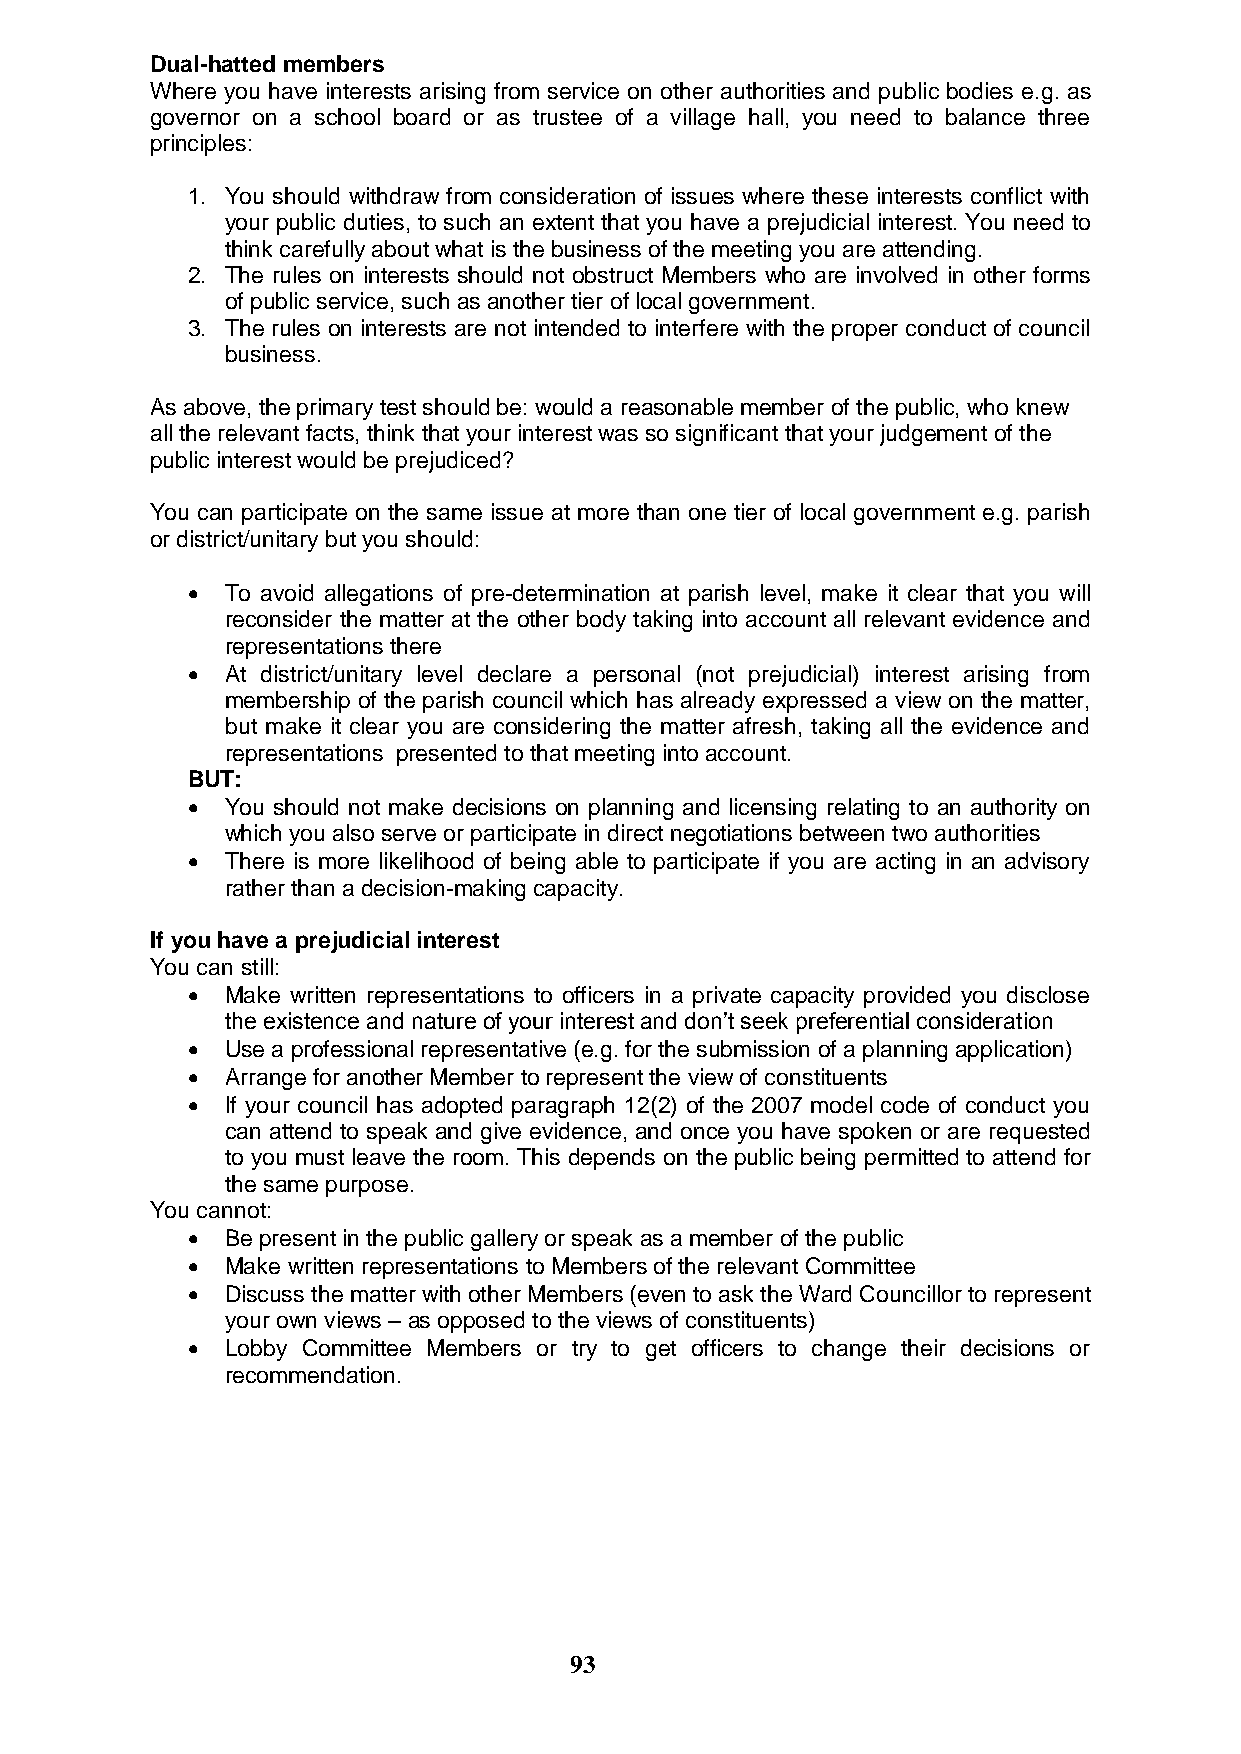
Dual-hatted members
 Where you have interests arising from service on other authorities and public bodies e.g. as
 governor on a school board or as trustee of a village hall, you need to balance three
 principles:
 1. You should withdraw from consideration of issues where these interests conflict with
 your public duties, to such an extent that you have a prejudicial interest. You need to
 think carefully about what is the business of the meeting you are attending.
 2. The rules on interests should not obstruct Members who are involved in other forms
 of public service, such as another tier of local government.
 3. The rules on interests are not intended to interfere with the proper conduct of council
 business.
 As above, the primary test should be: would a reasonable member of the public, who knew
 all the relevant facts, think that your interest was so significant that your judgement of the
 public interest would be prejudiced?
 You can participate on the same issue at more than one tier of local government e.g. parish
 or district/unitary but you should:
   To avoid allegations of pre-determination at parish level, make it clear that you will
 reconsider the matter at the other body taking into account all relevant evidence and
 representations there
   At district/unitary level declare a personal (not prejudicial) interest arising from
 membership of the parish council which has already expressed a view on the matter,
 but make it clear you are considering the matter afresh, taking all the evidence and
 representations presented to that meeting into account.
 BUT:
   You should not make decisions on planning and licensing relating to an authority on
 which you also serve or participate in direct negotiations between two authorities
   There is more likelihood of being able to participate if you are acting in an advisory
 rather than a decision-making capacity.
 If you have a prejudicial interest
 You can still:
   Make written representations to officers in a private capacity provided you disclose
 the existence and nature of your interest and don‟t seek preferential consideration
   Use a professional representative (e.g. for the submission of a planning application)
   Arrange for another Member to represent the view of constituents
   If your council has adopted paragraph 12(2) of the 2007 model code of conduct you
 can attend to speak and give evidence, and once you have spoken or are requested
 to you must leave the room. This depends on the public being permitted to attend for
 the same purpose.
 You cannot:
   Be present in the public gallery or speak as a member of the public
   Make written representations to Members of the relevant Committee
   Discuss the matter with other Members (even to ask the Ward Councillor to represent
 your own views – as opposed to the views of constituents)
   Lobby Committee Members or try to get officers to change their decisions or
 recommendation.
 93